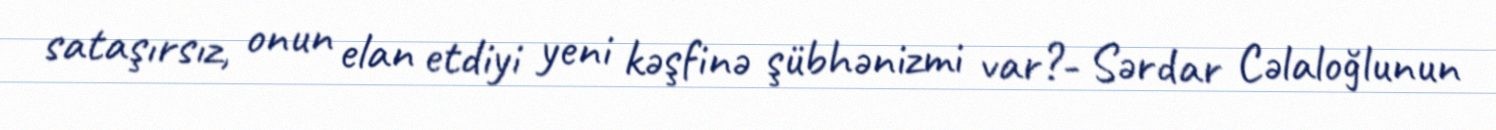
sataşırsız, onun elan etdiyi yeni kəşfinə şübhənizmi var?- Sərdar Cəlaloğlunun